Annual report on the health of the army in India
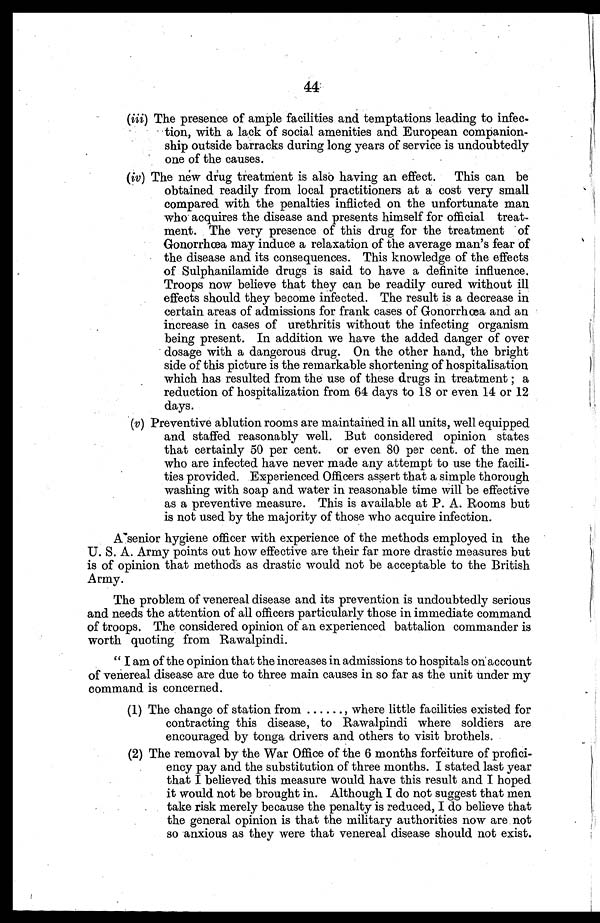
44.
(iii) The presence of ample facilities and temptations leading to infec-
tion, with a lack of social amenities and European companion-
ship outside barracks during long years of service is undoubtedly
one of the causes.
(iv) The new drug treatment is also having an effect. This can be
obtained readily from local practitioners at a cost very small
compared with the penalties inflicted on the unfortunate man
who acquires the disease and presents himself for official treat-
ment. The very presence of this drug for the treatment of
Gonorrhœa may induce a relaxation of the average man's fear of
the disease and its consequences. This knowledge of the effects
of Sulphanilamide drugs is said to have a definite influence.
Troops now believe that they can be readily cured without ill
effects should they become infected. The result is a decrease in
certain areas of admissions for frank cases of Gonorrhœa and an
increase in cases of urethritis without the infecting organism
being present. In addition we have the added danger of over
dosage with a dangerous drug. On the other hand, the bright
side of this picture is the remarkable shortening of hospitalisation
which has resulted from the use of these drugs in treatment a
reduction of hospitalization from 64 days to 18 or even 14 or 12
days.
(v)
P r e v e n t i v e a b l u t i o n r o o m s a r e m a i n t a i n e d i n a l l u n i t s , w e l l e q u i p p e d
and staffed reasonably well. But considered opinion states
that certainly 50 per cent. or even 80 per cent. of the men
who are infected have never made any attempt to use the facili-
ties provided. Experienced Officers assert that a simple thorough
washing with soap and water in reasonable time will be effective
as a preventive measure. This is available at P. A. Rooms but
is not used by the majority of those who acquire infection.
Ksenior hygiene officer with experience of the methods employed in the
U. S. A. Army points out how effective are their far more drastic measures but
is of opinion that methods as drastic would not be acceptable to the British
Army.
The problem of venereal disease and its prevention is undoubtedly serious
and needs the attention of all officers particularly those in immediate command
of troops, The considered opinion of an experienced battalion commander is
worth quoting from Rawalpindi.
" I am of the opinion that the increases in admissions to hospitals on account
of venereal disease are due to three main causes in so far as the unit under my
command is concerned.
(1) The change of station from ...... , where little facilities existed for
contracting this disease, to Rawalpindi where soldiers are
encouraged by tonga drivers and others to visit brothels.
(2) The removal by the War Office of the 6 months forfeiture of profici-
ency pay and the substitution of three months. I stated last year
that I believed this measure would have this result and I hoped
it would not be brought in. Although I do not suggest that men
take risk merely because the penalty is reduced, I do believe that
the general opinion is that the military authorities now are not
so anxious as they were that venereal disease should not exist.